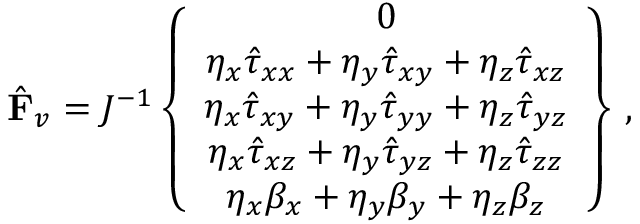
\hat { \mathbf { F } } _ { v } = J ^ { - 1 } \left\{ \begin{array} { c } { 0 } \\ { \eta _ { x } \hat { \tau } _ { x x } + \eta _ { y } \hat { \tau } _ { x y } + \eta _ { z } \hat { \tau } _ { x z } } \\ { \eta _ { x } \hat { \tau } _ { x y } + \eta _ { y } \hat { \tau } _ { y y } + \eta _ { z } \hat { \tau } _ { y z } } \\ { \eta _ { x } \hat { \tau } _ { x z } + \eta _ { y } \hat { \tau } _ { y z } + \eta _ { z } \hat { \tau } _ { z z } } \\ { \eta _ { x } { \beta } _ { x } + \eta _ { y } { \beta } _ { y } + \eta _ { z } { \beta } _ { z } } \end{array} \right\} \, \mathrm { , }